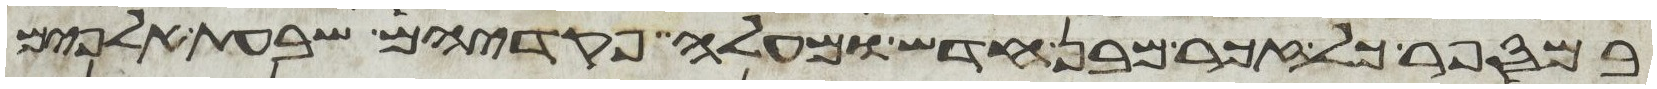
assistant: במספר כל זכר מבן חדש ומעלה פקדיהם שבעת אלפים